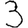
Digit: 3